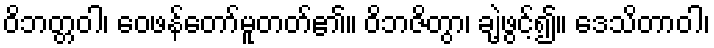
ဝိဘတ္တဝါ၊ ဝေဖန်တော်မူတတ်၏။ ဝိဘဇိတွာ၊ ချဲ့ဖွင့်၍။ ဒေသိတာဝါ၊